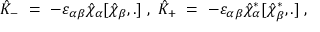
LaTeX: { \hat { K } } _ { - } \ = \ - \varepsilon _ { \alpha \beta } { \hat { \chi } } _ { \alpha } [ { \hat { \chi } } _ { \beta } , . ] \ , \ { \hat { K } } _ { + } \ = \ - \varepsilon _ { \alpha \beta } { \hat { \chi } } _ { \alpha } ^ { * } [ { \hat { \chi } } _ { \beta } ^ { * } , . ] \ ,